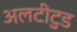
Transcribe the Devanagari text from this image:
अलटीटुड